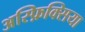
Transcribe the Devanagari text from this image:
अस्फ़िक्सिया